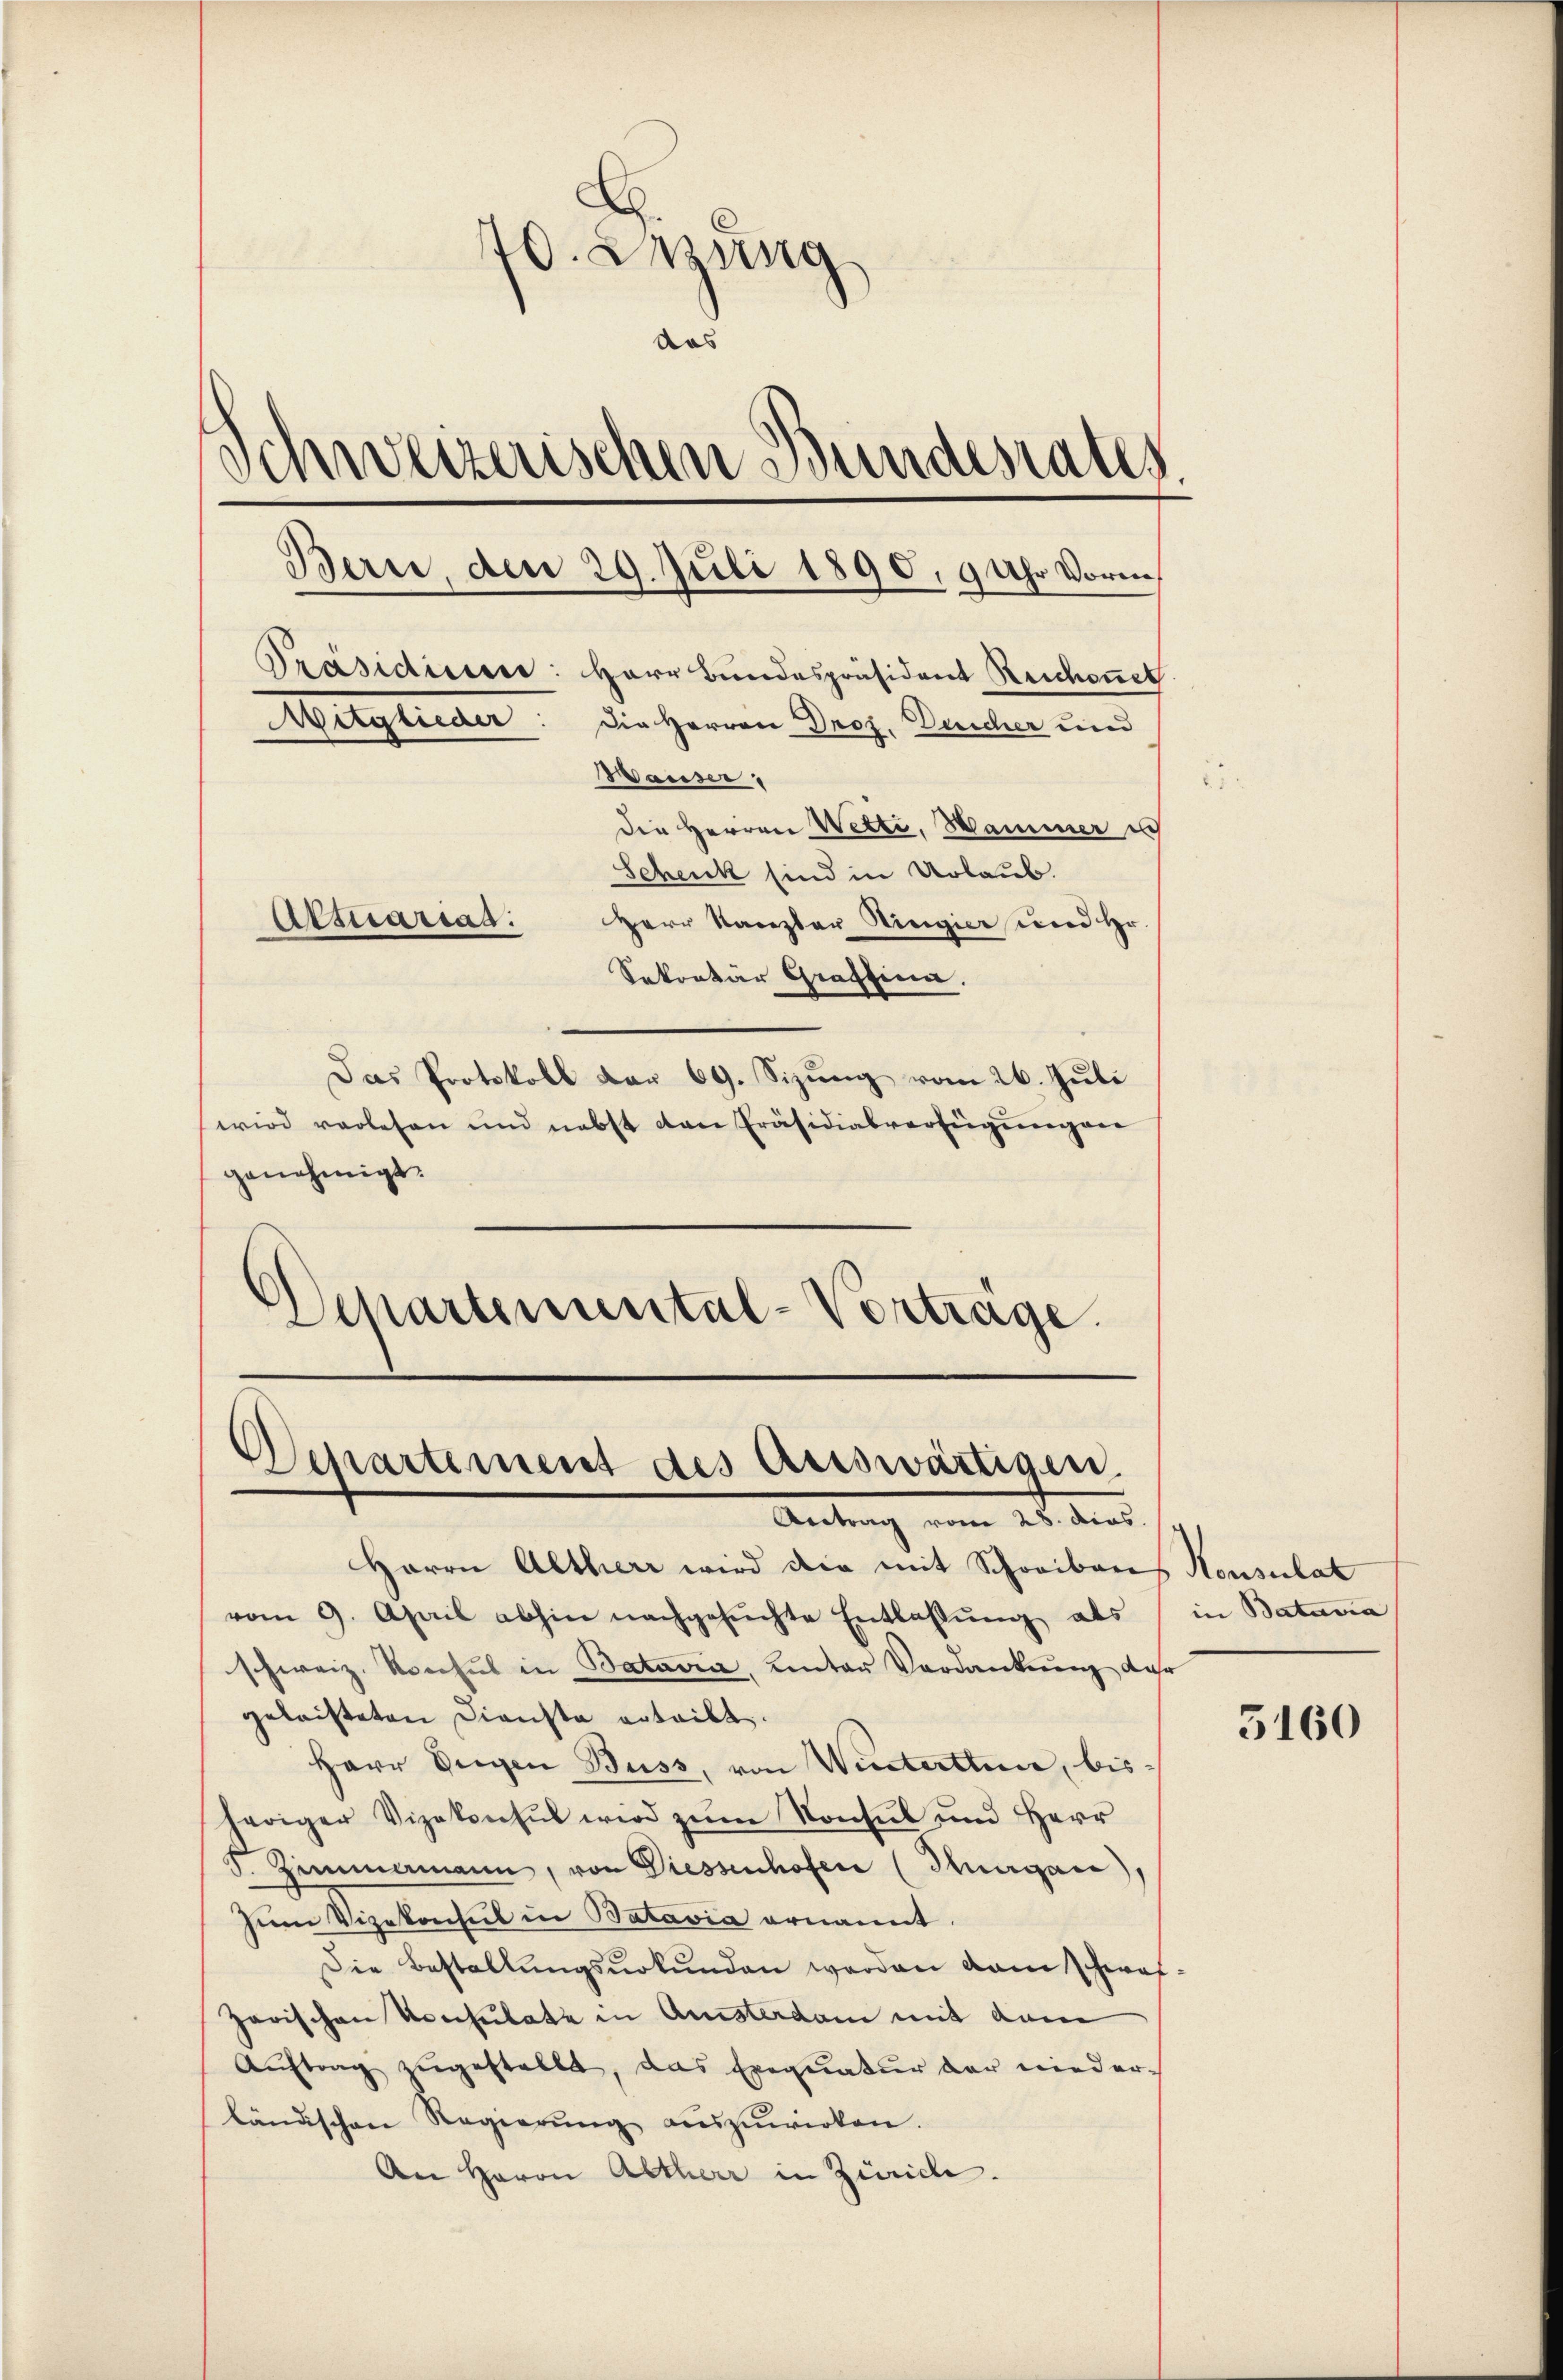
70. Lesung
das
Schweizerischen Bundesrates
Bern, den 29. Juli 1890, 9 Uhr Vorm
Präsidium: Herr Bundespräsident Reichnel
Mitglieder
Die Herren Droz. Durcher und
Wauser:
Die Herren Wetti, Hammer es
Schenk sind in Urlaub.
Herr Kanzler Ringier und Hr.
Attuarias.
Sekretär Graffina.
Das Protokoll dar 69. Sizung vom 26. Juli
wird vorlesen und nebst dene Präsidialverfügungen

genehmigt.
Departemental-Vortrage.

Departement des Auswärtigen.
Aetung vom 25. den

Herrn Altherr wird die mit Schreibares Konsulat
vom 9. April abhin nachgesŭchte Entlassŭng als
schweiz. Konsul in Batavia, unter Verdankung dar
geleisteten Dienste erteilt.
Herr Segen Buss, von Winterthun, bisheriger Vizekonsul wird zŭm Konsul und Herr
I. Zimmermann, von Diessenhofen (Thurgau),
Zum Vizekonsul in Batavia ernannt
Die Bestallŭngsŭrkŭnden werden dam schwar¬
Jarischen Konsulate in Ansterdam mit dem
Aŭftrag zŭgestellt, das Exequatur der nieder-
ländischen Regierŭng aŭszŭwirken.
An Herrn Altherr in Zürich.

in Batavia

5160